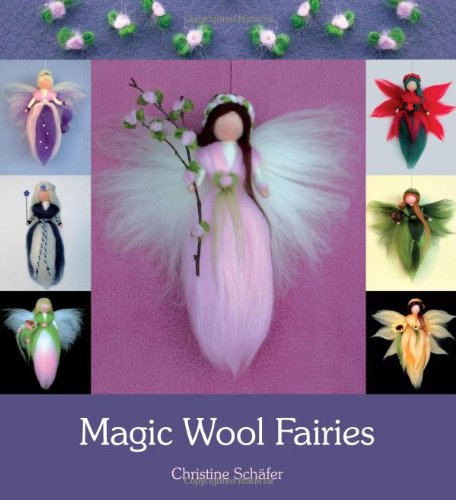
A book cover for Magic Wool Fairies; Christine Schafer; Crafts, Hobbies & Home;